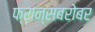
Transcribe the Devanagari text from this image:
फ्रान्सबरोबर